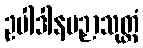
ဥပါဒါနပဉှာသုတ္တံ